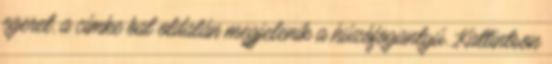
egeret, a címke bal oldalán megjelenik a húzófogantyú. Kattintson